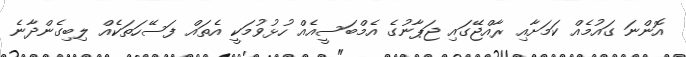
އޮންނަ ގައުމެއް ކަމަށާއި ރާއްޖޭގައި ޖަޕާނުގެ އެމްބަސީއެއް ހުޅުވުމަކީ އެތައް ފަސޭހަތަކެއް ލިބިގެންދާނެ